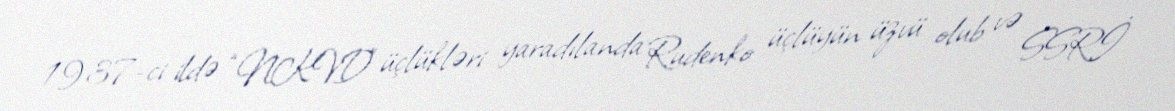
1937-ci ildə “NKVD” üçlükləri yaradılanda Rudenko üçlüyün üzvü olub və SSRİ